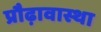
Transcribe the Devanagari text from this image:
प्रौढ़ावास्था